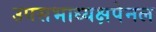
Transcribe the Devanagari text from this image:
उपसभाध्यक्षपेनल